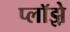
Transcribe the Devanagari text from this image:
प्लॉझ़े